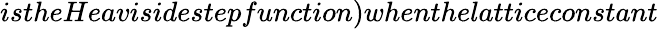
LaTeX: istheHeavisidestepfunction)whenthelatticeconstant